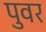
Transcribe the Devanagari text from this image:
पुवर